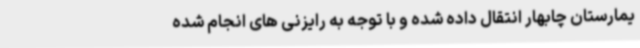
یمارستان چابهار انتقال داده شده و با توجه به رایزنی های انجام شده